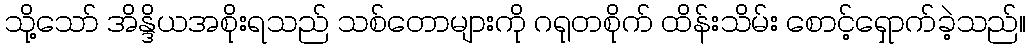
သို့သော် အိန္ဒိယအစိုးရသည် သစ်တောများကို ဂရုတစိုက် ထိန်းသိမ်း စောင့်ရှောက်ခဲ့သည်။